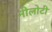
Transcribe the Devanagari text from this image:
नीलोटी